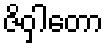
ဇိဝှါတော